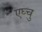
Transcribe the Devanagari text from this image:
एघ्चु